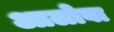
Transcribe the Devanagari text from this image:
आलोबा